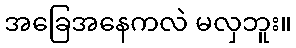
အခြေအနေကလဲ မလှဘူး။